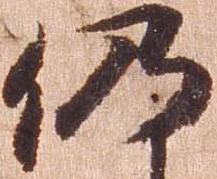
仍